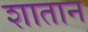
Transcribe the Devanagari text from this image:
शातान